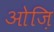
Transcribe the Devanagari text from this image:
ओज़ि